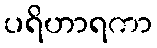
ပရိဟာရကာ